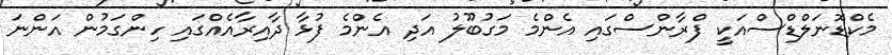
މެކްޑޮނަލްޑްސްއަކީ ފްރާންސްގައި އެންމެ މަގުބޫލު އަދި އެންމެ ފުޅާ ދާއިރާއެއްގައި ހިންގަމުން އަންނަ